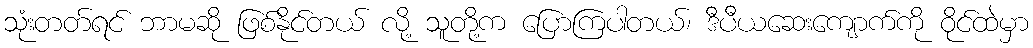
သုံးတတ်ရင် ဘာမဆို ဖြစ်နိုင်တယ် လို့ သူတို့က ပြောကြပါတယ်၊ ဒီပီယဆေးကျောက်ကို ဝိုင်ထဲမှာ